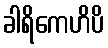
ခါရိကေဟိပိ